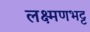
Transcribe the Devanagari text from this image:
लक्ष्मणभट्ट